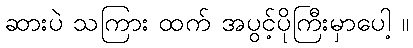
ဆားပဲ သကြား ထက် အပွင့်ပိုကြီးမှာပေါ့ ။